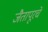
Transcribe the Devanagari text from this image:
जैतापूरचे